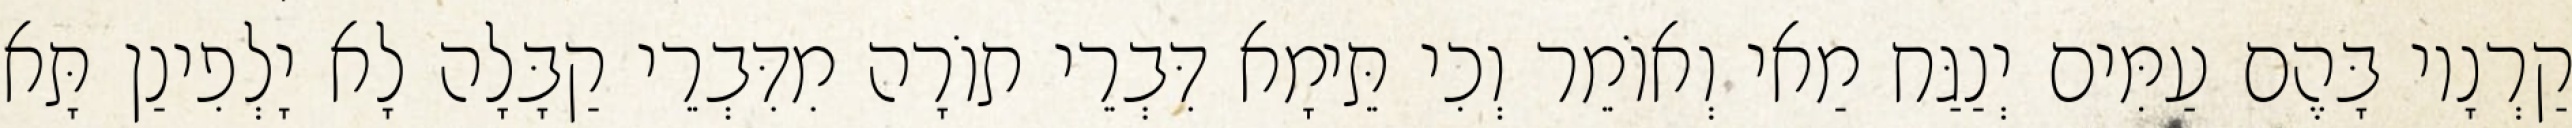
קַרְנָיו בָּהֶם עַמִּים יְנַגַּח מַאי וְאוֹמֵר וְכִי תֵּימָא דִּבְרֵי תוֹרָה מִדִּבְרֵי קַבָּלָה לָא יָלְפִינַן תָּא